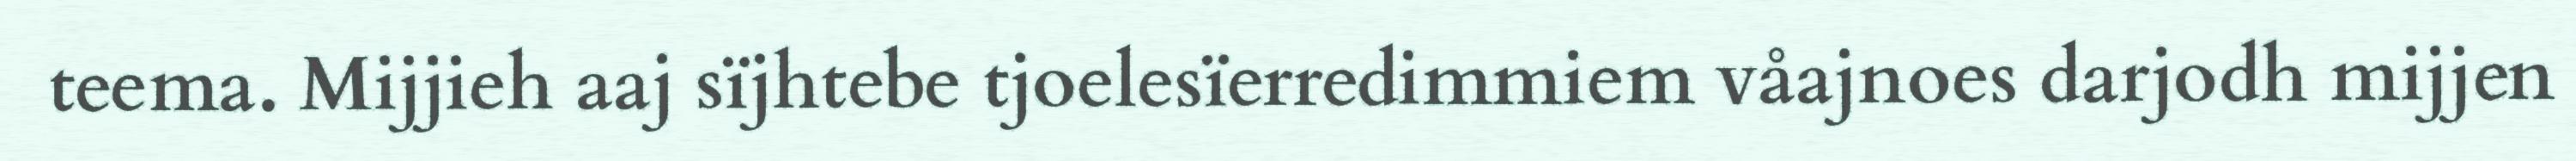
teema. Mijjieh aaj sïjhtebe tjoelesïerredimmiem våajnoes darjodh mijjen